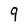
Character: 9